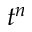
t ^ { n }